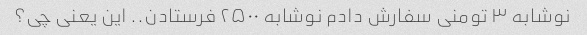
نوشابه ۳ تومنی سفارش دادم نوشابه ۲۵۰۰ فرستادن.. این یعنی چی؟